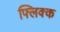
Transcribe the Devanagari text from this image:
फ्लिक्क